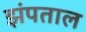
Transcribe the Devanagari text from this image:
झंपताल